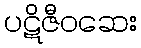
ပဋိဇီဝဆေး